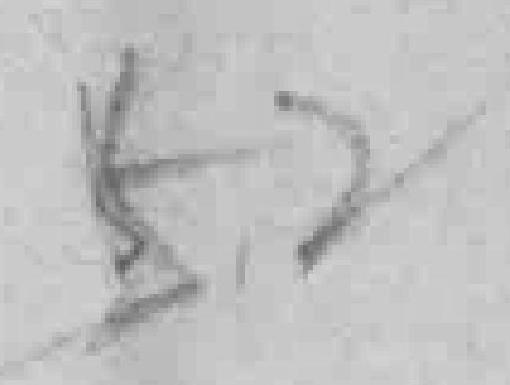
52